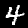
Digit: 4